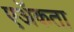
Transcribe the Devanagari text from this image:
एॲकता